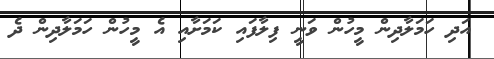
އަދި ހަމަލާދިން މީހުން ވަނީ ފިލާފައި ކަމަށާއި އެ މީހުން ހަމަލާދިން ދެ